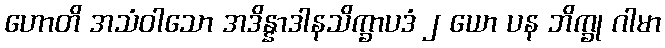
ဟောတိ အသံဝါသော အဒိန္နာဒါနသိက္ခာပဒံ ၂ ယော ပန ဘိက္ခု ဂါမာ